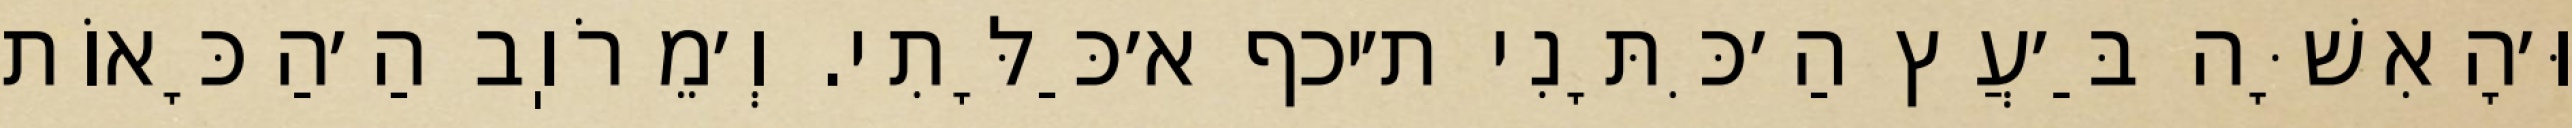
וּ׳הָאִשָּׁה בַּ׳עֲץ הַ׳כִּתָּנִי ת׳יכף א׳כַּלָּתִי. וְ׳מֵרֹוֽב הַ׳הַכָּאוֹת